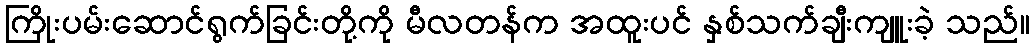
ကြိုးပမ်းဆောင်ရွက်ခြင်းတို့ကို မီလတန်က အထူးပင် နှစ်သက်ချီးကျူးခဲ့ သည်။